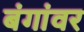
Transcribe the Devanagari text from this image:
बंगांवर